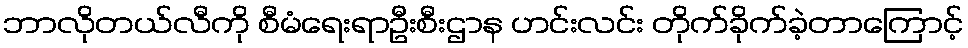
ဘာလိုတယ်လီကို စီမံရေးရာဦးစီးဌာန ဟင်းလင်း တိုက်ခိုက်ခဲ့တာကြောင့်